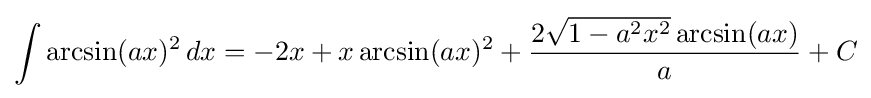
\int \arcsin(ax)^{2}\,dx=-2x+x\arcsin(ax)^{2}+{\frac {2{\sqrt {1-a^{2}x^{2}}}\arcsin(ax)}{a}}+C